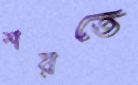
শরতে